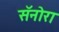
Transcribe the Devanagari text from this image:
सॅनोरा